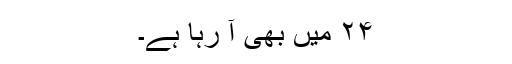
۲۴ میں بھی آ رہا ہے۔